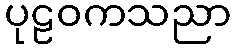
ပုဠဝကသညာ